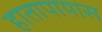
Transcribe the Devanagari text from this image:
हातापायास